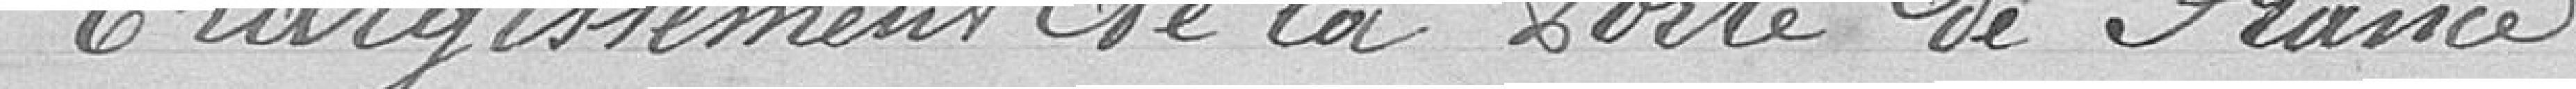
Elargissement de la Porte de France.